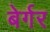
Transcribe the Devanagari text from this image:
बेर्गर